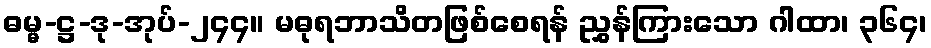
ဓမ္မ-ဋ္ဌ-ဒု-အုပ်-၂၄၄။ မဓုရဘာသိတဖြစ်စေရန် ညွှန်ကြားသော ဂါထာ၊ ၃၆၄၊